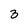
Character: 3